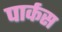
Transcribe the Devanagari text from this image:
पार्कस